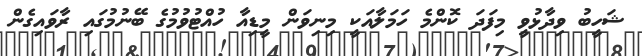
ޝަހީބު ވިދާޅުވީ މިފަދަ ކޮންމެ ހަމަލާއަކީ މިނިވަން މީޑިއާ ހުއްޓުވުމުގެ ބޭނުމުގައި ރާވައިގެން